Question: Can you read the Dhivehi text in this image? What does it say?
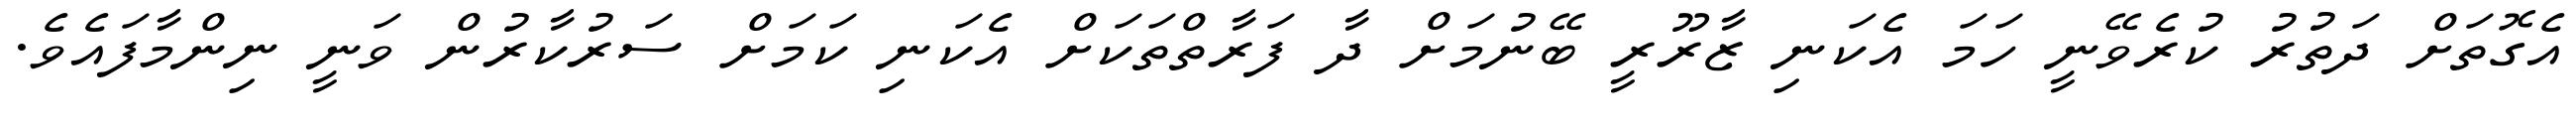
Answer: އެގޮތަށް ދަތުރު ކުރެވޭނީ ހަމަ އެކަނި ޒާރޫރީ ބޭނުމަށް ދާ ފަރާތްތަކަށް އެކަނި ކަމަށް ސަރުކާރުން ވަނީ ނިންމާފައެވެ.